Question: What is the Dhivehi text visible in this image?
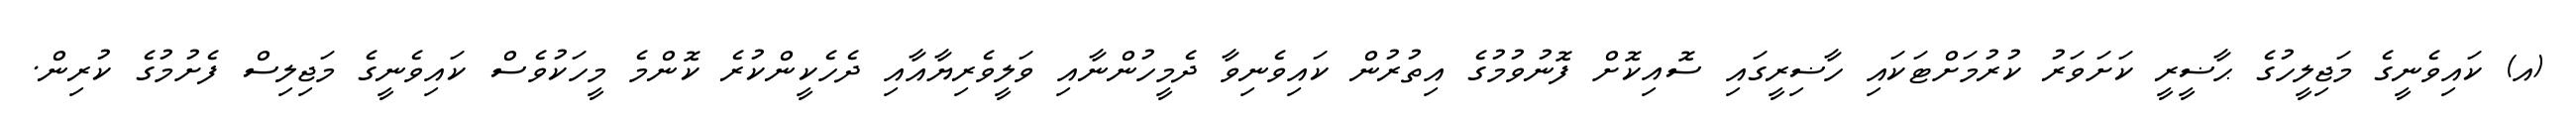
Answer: (އ) ކައިވެނީގެ މަޖިލީހުގެ ޙާޟީރީ ކަށަވަރު ކުރުމަށްޓަކައި ހާޟިރީގައި ސޮއިކޮށް ފޮނުވުމުގެ އިތުރުން ކައިވެނިވާ ދެމީހުންނާއި ވަލީވެރިޔާއާއި ދެހެކީންކުރެ ކޮންމެ މީހަކުވެސް ކައިވެނީގެ މަޖިލިސް ފެށުމުގެ ކުރިން.